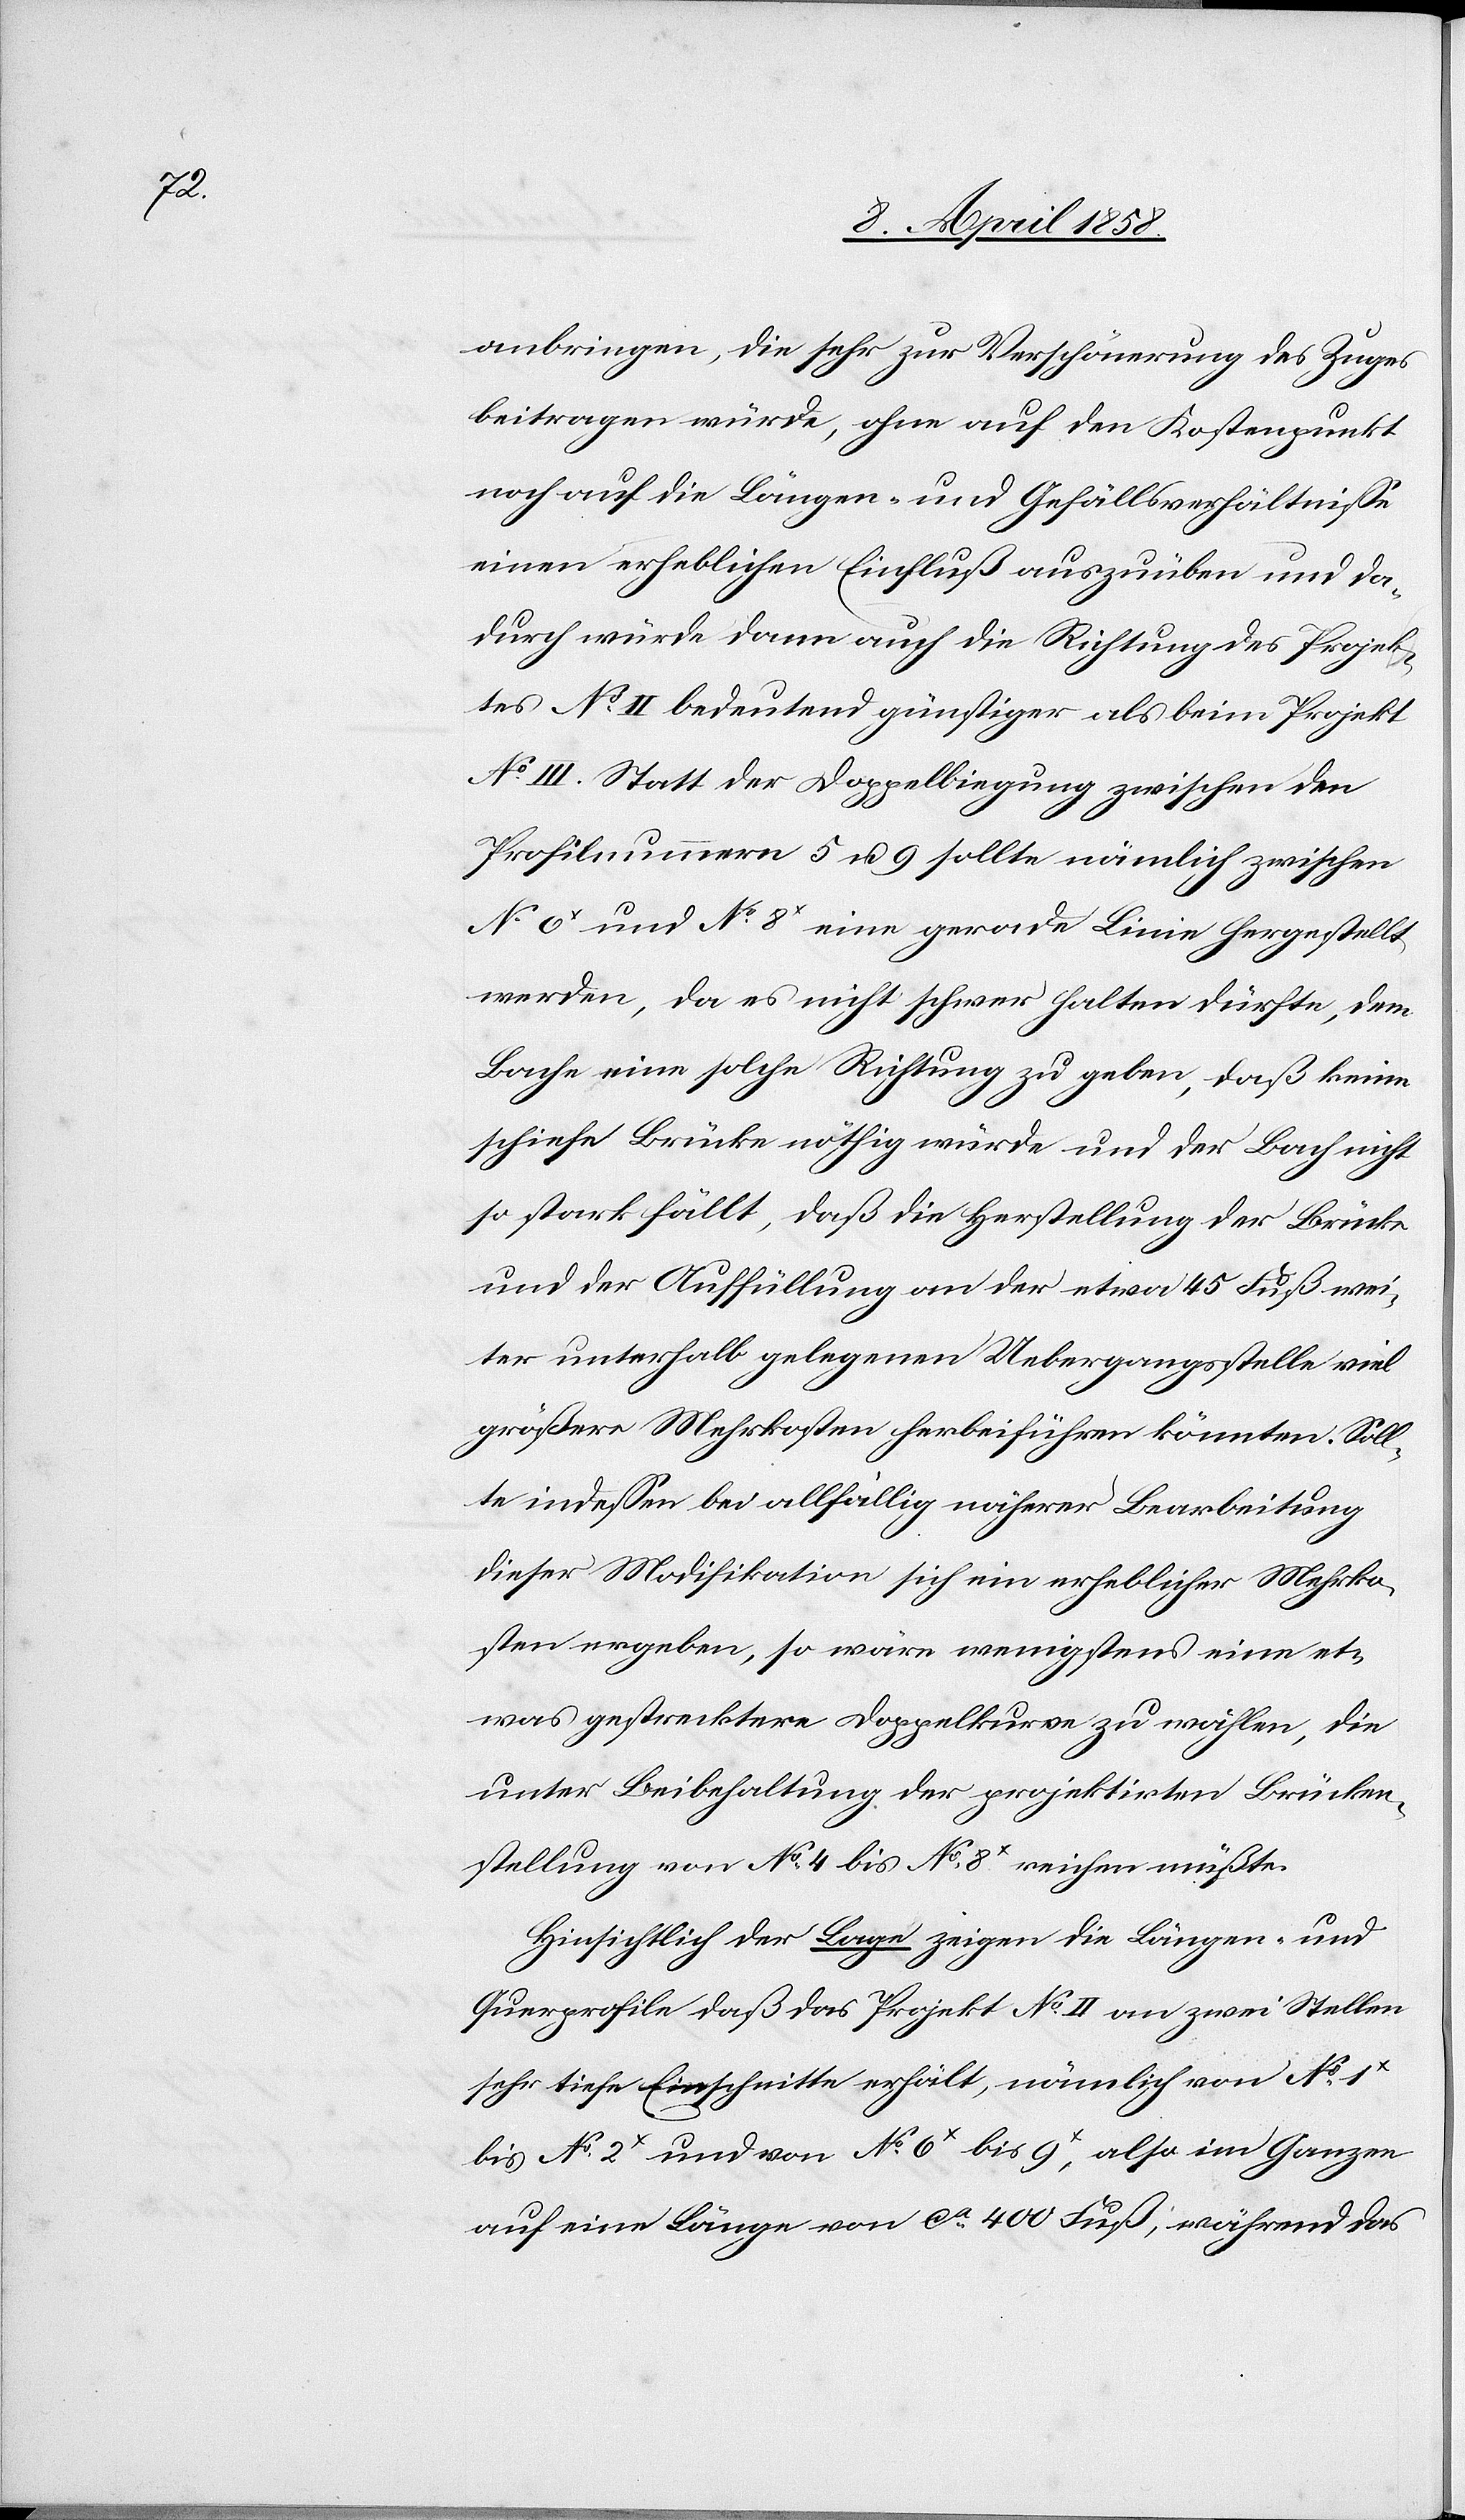
sten

anbringen, die sehr zur Verschönerung des Zuges
beitragen würde, ohne auf den Kostenpunkt
noch auf die Längen- und Gefällsverhältnisse
einen erheblichen Einfluß auszuüben und da¬
durch würde dann auch die Richtung des Projek¬
tes No II bedeutend günstiger als beim Projekt
No III. Statt der Doppelbiegung zwischen den
Profilnummern 5 u. 9 sollte nämlich zwischen
No 6x und No 8x eine grade Linie hergestellt
werden, da es nicht schwer halten dürfte, dem
Bache eine solche Richtung zu geben, daß keine
schiefe Brücke nöthig würde, und der Bach nicht
so stark fällt, daß die Herstellung der Brücke
und der Auffüllung an der etwa 45 Fuß wei¬
ter unterhalb gelegenen Uebergangsstelle viel
größere Mehrkosten herbeiführen könnten. Soll¬
te indessen bei allfällig näherer Bearbeitung
dieser Modifikation sich ein erheblicher Mehrko¬
ergeben, so wäre wenigstens eine et¬
was gestrecktere Doppelkurve zu wählen, die
unter Beibehaltung der projektirten Brücken¬
stellung von No 4 bis No 8 reichen müßte.
Hinsichtlich der Lage zeigen die Längen- und
Querprofile daß das Projekt No II an zwei Stellen
sehr tiefe Einschnitte erhält, nämlich von No 1x
bis No 2x und von No 6x bis 9x, also im Ganzen
auf eine Länge von ca 400 Fuß, während das